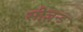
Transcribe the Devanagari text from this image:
सीज़न्ड